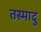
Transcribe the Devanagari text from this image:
तस्मादु